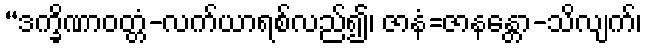
“ဒက္ခိဏာဝတ္တံ-လက်ယာရစ်လည်၍၊ ဇာနံ=ဇာနန္တော-သိလျက်၊